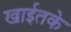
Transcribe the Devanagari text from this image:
खाईतके